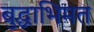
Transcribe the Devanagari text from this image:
बुद्धाभिमत